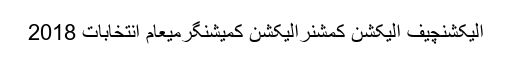
الیکشنچیف الیکشن کمشنرالیکشن کمیشنگرمیعام انتخابات 2018